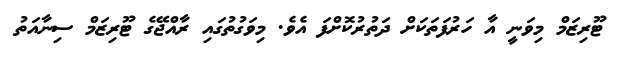
ޓޫރިޒަމް މިވަނީ އާ ހަރުފަތަކަށް ދަތުރުކޮށްފަ އެވެ. މިވަގުތުގައި ރާއްޖޭގެ ޓޫރިޒަމް ސިނާއަތު